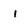
Character: 1